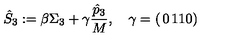
\hat { S } _ { 3 } : = \beta \Sigma _ { 3 } + \gamma { \frac { \hat { p } _ { 3 } } { M } } , \quad \gamma = \left( \begin{matrix} { 0 } & { 1 } \\ { 1 } & { 0 } \\ \end{matrix} \right)